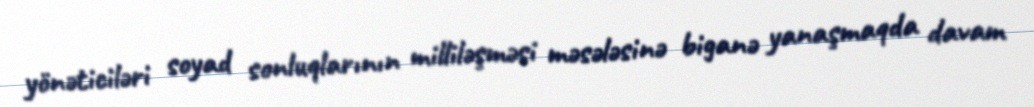
yönəticiləri soyad sonluqlarının milliləşməsi məsələsinə biganə yanaşmaqda davam